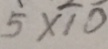
5 \times \overline { 1 } \overline { 0 }